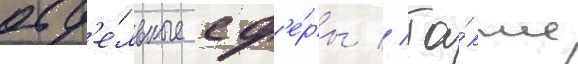
отд'е́льные сф'е́ры // Та́кже